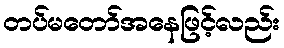
တပ်မတော်အနေဖြင့်လည်း